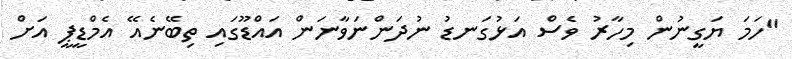
"ހަމަ ޔަގީނުން މިހާރު ވެސް އަޅުގަނޑު ނުދަންނަވާނަން އައްޑޫގައި ތިބޭނެއޭ އެމްޑީޕީ އަށް